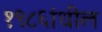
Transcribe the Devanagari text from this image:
१९८६ांधील